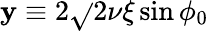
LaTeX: \mathbf{y}\equiv2\sqrt{}{{2\nu\xi}}\sin\phi_{0}